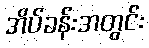
အိပ်ခန်းအတွင်း